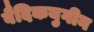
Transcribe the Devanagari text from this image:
वैदिकयुगीन